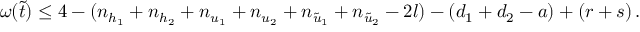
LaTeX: \omega ( \tilde { t } ) \le 4 - ( n _ { h _ { 1 } } + n _ { h _ { 2 } } + n _ { u _ { 1 } } + n _ { u _ { 2 } } + n _ { \tilde { u } _ { 1 } } + n _ { \tilde { u } _ { 2 } } - 2 l ) - ( d _ { 1 } + d _ { 2 } - a ) + ( r + s ) \, .